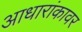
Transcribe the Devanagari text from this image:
आधारांकावर